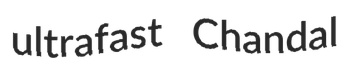
ultrafast Chandal